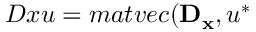
D x u = m a t v e c ( \mathbf { D _ { x } } , u ^ { * }